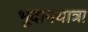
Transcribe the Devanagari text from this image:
भूदानयात्रा